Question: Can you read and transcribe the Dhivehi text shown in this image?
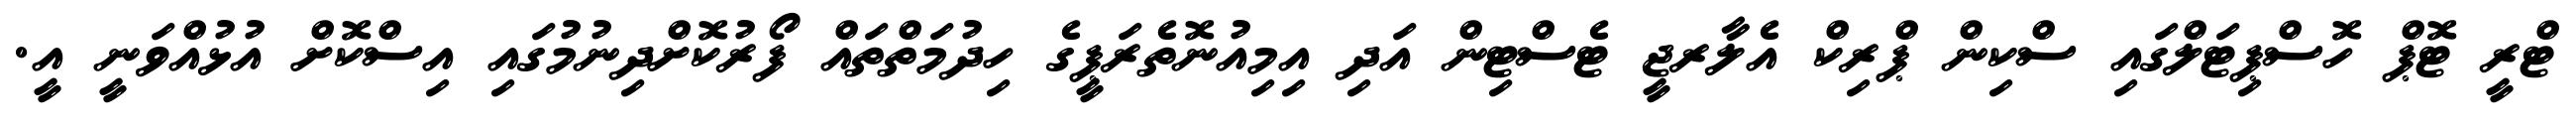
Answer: ޓްރީ ޓޮޕް ހޮސްޕިޓަލްގައި ސްކިން ޕްރިކް އެލާރޖީ ޓެސްޓިން އަދި އިމިއުނޮތެރަޕީގެ ހިދުމަތްތައް ފޯރުކޮށްދިނުމުގައި އިސްކޮށް އުޅުއްވަނީ އީ.